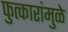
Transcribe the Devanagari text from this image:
फुत्कारांमुळे